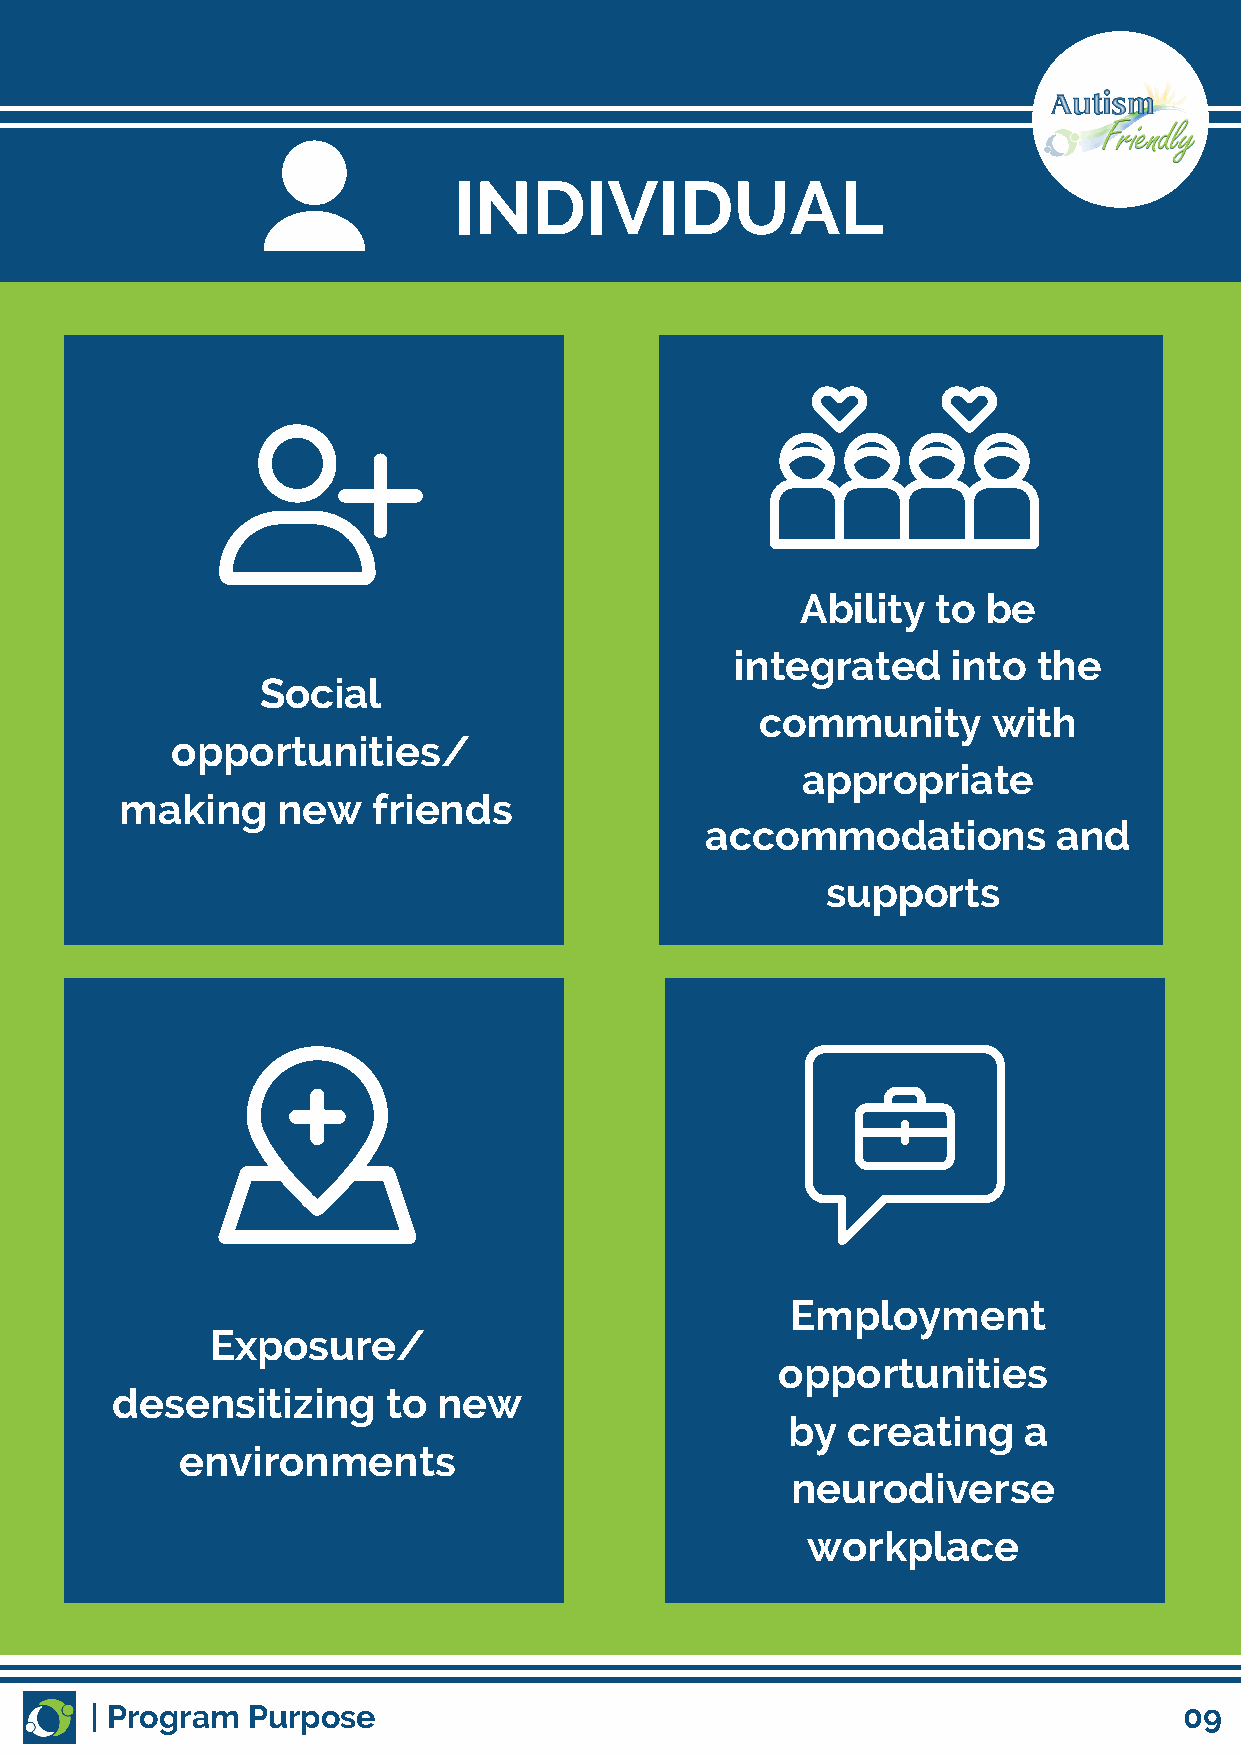
INDIVIDUAL
 Ability  to be
 integrated    into  the
 Social
 community       with
 opportunities/
 appropriate
 making    new    friends
 accommodations         and
 supports
 Employment
 Exposure/
 opportunities
 desensitizing      to new
 by  creating    a
 environments
 neurodiverse
 workplace
 | Program Purpose                                                       09